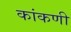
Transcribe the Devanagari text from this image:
कांकणी